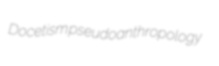
Docetism pseudoanthropology